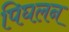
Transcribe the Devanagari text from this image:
पिघलन